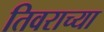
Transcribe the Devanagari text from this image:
तिवराच्या